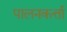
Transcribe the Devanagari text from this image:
पालनकर्त्ता